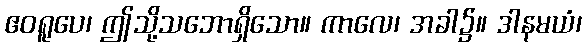
ဧဝရူပေ၊ ဤသို့သဘောရှိသော။ ကာလေ၊ အခါ၌။ ဒါနမယံ၊